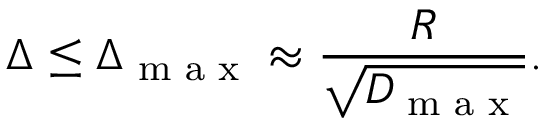
\Delta \le \Delta _ { \textrm { m a x } } \approx \frac { R } { \sqrt { D _ { \textrm { m a x } } } } .